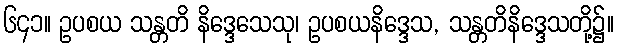
၆၄၁။ ဥပစယ သန္တတိ နိဒ္ဒေသေသု၊ ဥပစယနိဒ္ဒေသ, သန္တတိနိဒ္ဒေသတို့၌။